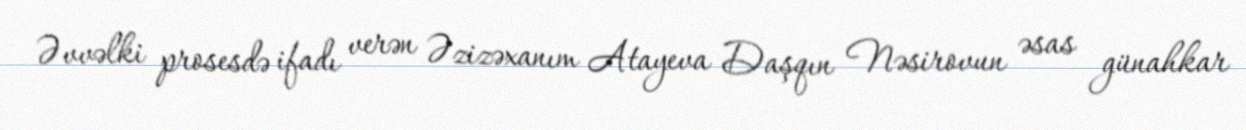
Əvvəlki prosesdə ifadı verən Əzizəxanım Atayeva Daşqın Nəsirovun əsas günahkar